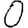
Digit: 0